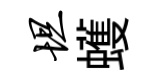
坦蠖